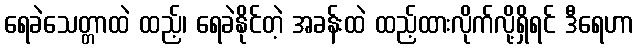
ရေခဲသေတ္တာထဲ ထည့်၊ ရေခဲနိုင်တဲ့ အခန်းထဲ ထည့်ထားလိုက်လို့ရှိရင် ဒီရေဟာ